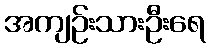
အကျဉ်းသားဦးရေ